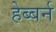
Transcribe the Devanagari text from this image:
हेब्बर्न